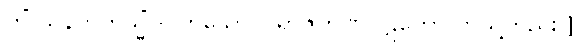
တိံ သနကတသ္မိံ - ဟူသော ပါရာဇိကဏ်ပါဠိတော် ကဲ့သို့တည်း။]